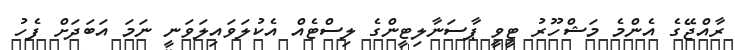
ރާއްޖޭގެ އެންމެ މަޝްހޫރު ޓީވީ ޕާސަނާލިޓީންގެ ލިސްޓެއް އެކުލަވައިލަވަނީ ނަމަ އަބަދަށް ފެހު